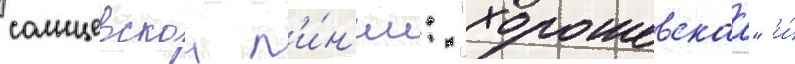
солнцевскои л'и́н'ии: "хорошевскаа" и́